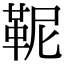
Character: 𩉹